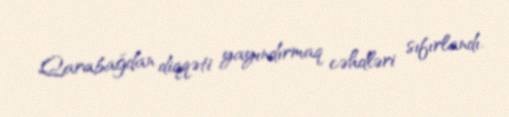
Qarabağdan diqqəti yayındırmaq cəhdləri sıfırlandı.